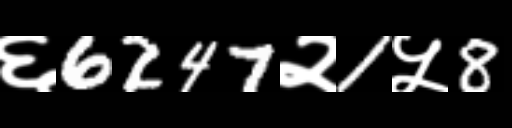
Text: ६6247२1५8